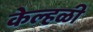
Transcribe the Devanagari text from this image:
केल्हळी